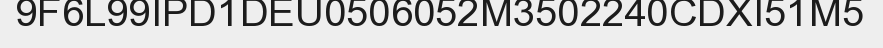
9F6L99IPD1DEU0506052M3502240CDXI51M5